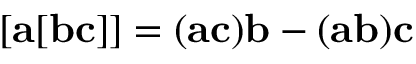
[ { \bf a } [ { \bf b c } ] ] = ( { \bf a c } ) { \bf b } - ( { \bf a b } ) { \bf c }